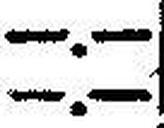
—.—